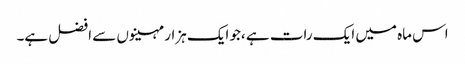
اس ماہ میں ایک رات ہے ،جو ایک ہزار مہینوں سے افضل ہے۔